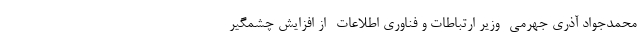
محمدجواد آذری جهرمی -وزیر ارتباطات و فناوری اطلاعات- از افزایش چشمگیر